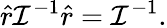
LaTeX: \hat{r}\mathcal{I}^{-1}\hat{r}=\mathcal{I}^{-1}.